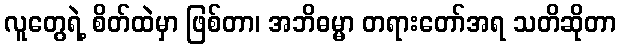
လူတွေရဲ့ စိတ်ထဲမှာ ဖြစ်တာ၊ အဘိဓမ္မာ တရားတော်အရ သတိဆိုတာ